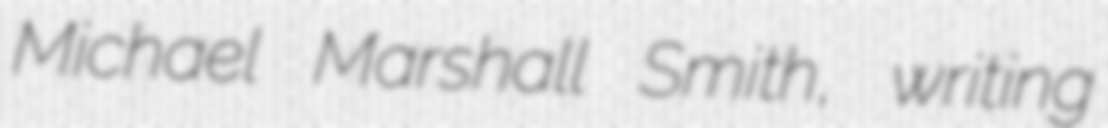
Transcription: Michael Marshall Smith, writing